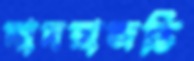
দাদরাজন্তি